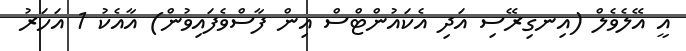
އީ އޭލެވެލް (އިނގިރޭސި އަދި އެކައުންޓްސް އިން ފާސްވެފައިވުން) އާއެކު 1 އަހަރު